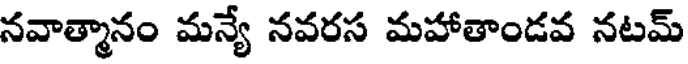
నవాత్మానం మన్యే నవరస మహాతాండవ నటమ్